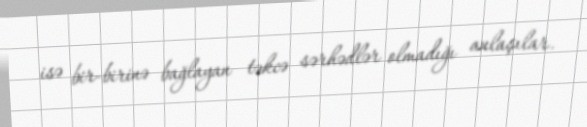
isə bir-birinə bağlayan təkcə sərhədlər olmadığı anlaşılar.